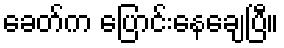
ခေတ်က ပြောင်းနေချေပြီ။